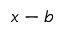
x - b